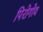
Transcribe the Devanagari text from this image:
पिरोगोव